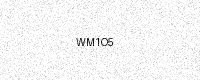
Text: WM1O5